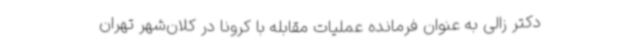
دکتر زالی به عنوان فرمانده عملیات مقابله با کرونا در کلان‌شهر تهران